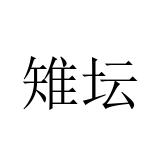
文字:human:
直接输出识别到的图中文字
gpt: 雉坛